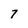
Character: 7